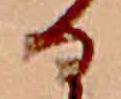
る